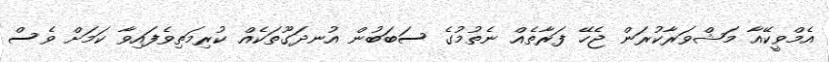
އެމްވީކޭއާ މަޝްވަރާކުރަން ޖެހޭ ފަރާތެއް ނެތުމުގެ ސަބަބުން އުނދަގޫތަކެއް ކުރިމަތިވެފައިވާ ކަމަށް ވެސް